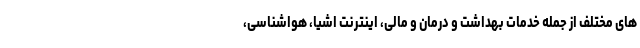
های مختلف از جمله خدمات بهداشت و درمان و مالی، اینترنت اشیا، هواشناسی،